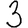
Digit: 3